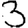
Digit: 3